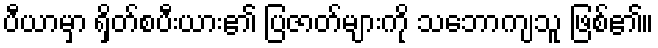
ပီယာမှာ ရှိတ်စပီးယား၏ ပြဇာတ်များကို သဘောကျသူ ဖြစ်၏။